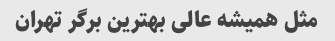
مثل همیشه عالی بهترین برگر تهران